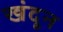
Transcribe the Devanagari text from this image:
खंदून